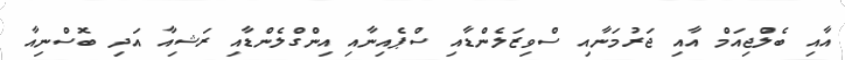
އާއި ބެލްޖިއަމް އާއި ޖަރުމަނާއި ސްވިޒަލެންޑާއި ސްޕެއިނާއި އިންގްލެންޑާއި ރަޝިއާ އަދި ބޮސްނިއާ